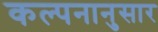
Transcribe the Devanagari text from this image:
कल्पनानुसार